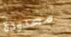
محدودة